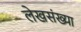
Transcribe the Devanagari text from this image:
लेखसंख्या